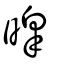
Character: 暤